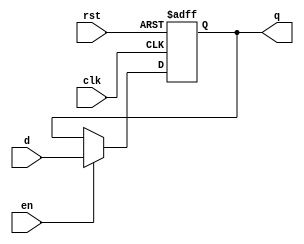


/** This black-boxes an Async Reset
  * Reg.
  *  
  * Because Chisel doesn't support
  * parameterized black boxes, 
  * we unfortunately have to 
  * instantiate a number of these.
  *  
  * We also have to hard-code the set/reset.
  *  
  *  Do not confuse an asynchronous
  *  reset signal with an asynchronously
  *  reset reg. You should still 
  *  properly synchronize your reset 
  *  deassertion.
  *  
  *  @param d Data input
  *  @param q Data Output
  *  @param clk Clock Input
  *  @param rst Reset Input
  *  @param en Write Enable Input
  *  
  */

module AsyncResetReg (
                      input      d,
                      output reg q,
                      input      en,

                      input      clk,
                      input      rst);
   
   always @(posedge clk or posedge rst) begin

      if (rst) begin
         q <= 1'b0;
      end else if (en) begin
         q <= d;
      end
   end
   

endmodule // AsyncResetReg